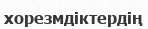
хорезмдіктердің